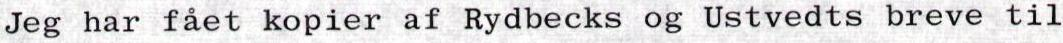
Jeg har fået kopier af Rydbecks og Ustvedts breve til